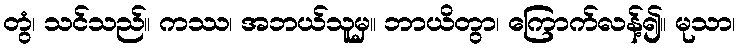
တွံ၊ သင်သည်။ ကဿ၊ အဘယ်သူမှ။ ဘာယိတွာ၊ ကြောက်လန့်၍။ မုသာ၊